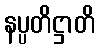
နပ္ပတိဋ္ဌာတိ